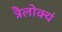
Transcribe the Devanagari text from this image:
त्रैलोक्यं